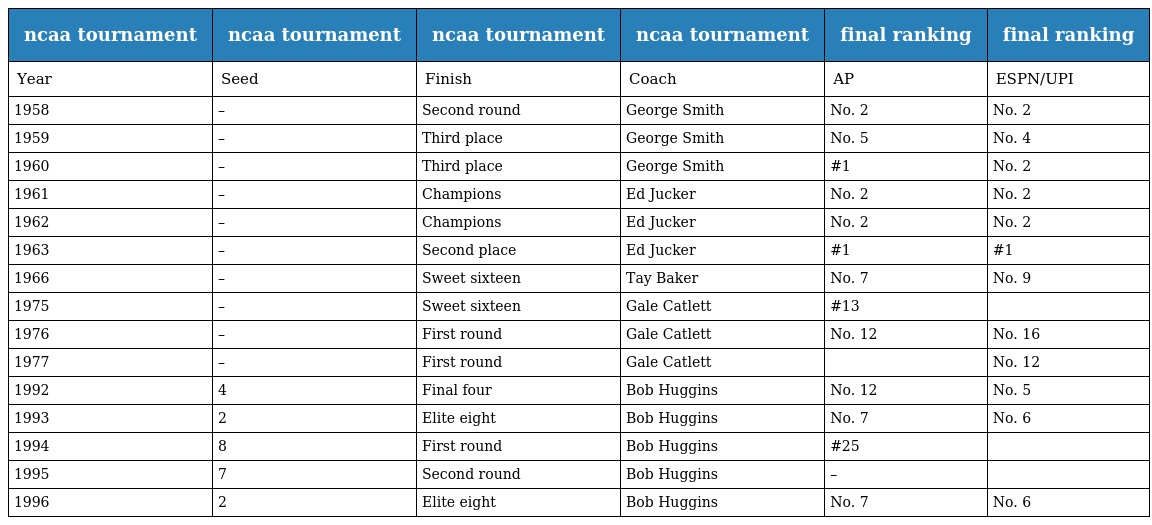
| ncaa tournament | ncaa tournament | ncaa tournament | ncaa tournament | final ranking | final ranking |
 | --- | --- | --- | --- | --- | --- |
 | Year | Seed | Finish | Coach | AP | ESPN/UPI |
 | 1958 | – | Second round | George Smith | No. 2 | No. 2 |
 | 1959 | – | Third place | George Smith | No. 5 | No. 4 |
 | 1960 | – | Third place | George Smith | #1 | No. 2 |
 | 1961 | – | Champions | Ed Jucker | No. 2 | No. 2 |
 | 1962 | – | Champions | Ed Jucker | No. 2 | No. 2 |
 | 1963 | – | Second place | Ed Jucker | #1 | #1 |
 | 1966 | – | Sweet sixteen | Tay Baker | No. 7 | No. 9 |
 | 1975 | – | Sweet sixteen | Gale Catlett | #13 |  |
 | 1976 | – | First round | Gale Catlett | No. 12 | No. 16 |
 | 1977 | – | First round | Gale Catlett |  | No. 12 |
 | 1992 | 4 | Final four | Bob Huggins | No. 12 | No. 5 |
 | 1993 | 2 | Elite eight | Bob Huggins | No. 7 | No. 6 |
 | 1994 | 8 | First round | Bob Huggins | #25 |  |
 | 1995 | 7 | Second round | Bob Huggins | – |  |
 | 1996 | 2 | Elite eight | Bob Huggins | No. 7 | No. 6 |